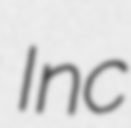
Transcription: Inc